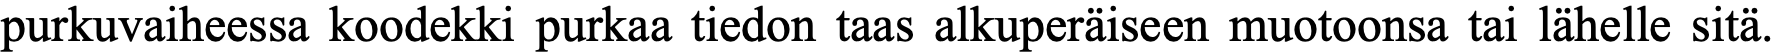
purkuvaiheessa koodekki purkaa tiedon taas alkuperäiseen muotoonsa tai lähelle sitä.